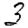
Digit: 3